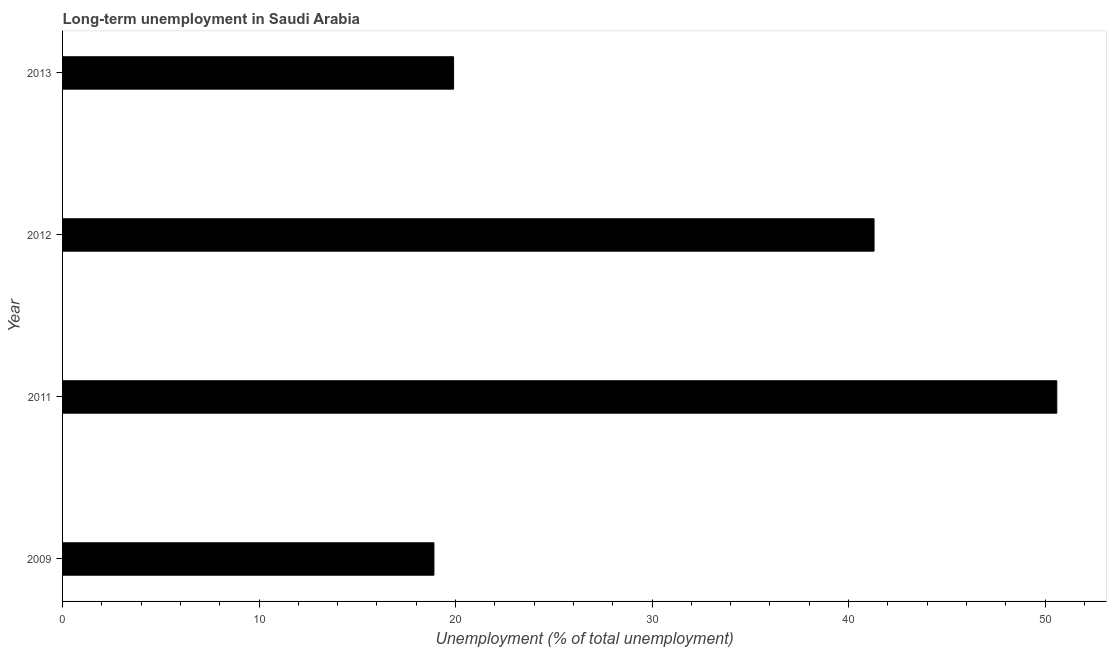
| Year | Long-term unemployment  |
 | --- | --- |
 | 2009 | 18.9 |
 | 2011 | 50.6 |
 | 2012 | 41.3 |
 | 2013 | 19.9 |